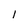
Character: 1